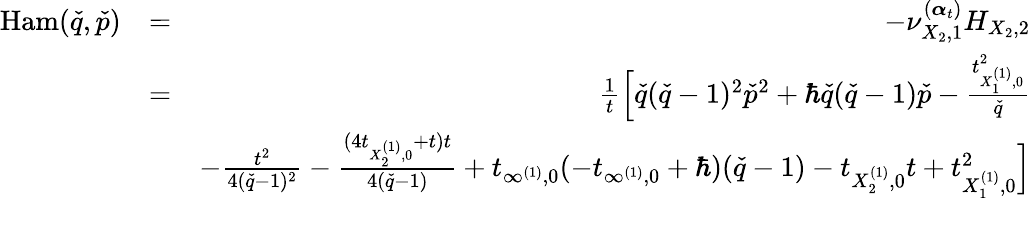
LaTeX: \begin{array}{rlr}{\mathrm{Ham}(\check{q},\check{p})}&{=}&{-\nu_{{X_{2}},1}^{(\boldsymbol{\alpha}_{t})}H_{X_{2},2}}\\ &{=}&{\frac{1}{t}\Big[\check{q}(\check{q}-1)^{2}\check{p}^{2}+\hbar\check{q}(\check{q}-1)\check{p}-\frac{t_{X_{1}^{(1)},0}^{2}}{\check{q}}}\\ &{}&{-\frac{t^{2}}{4(\check{q}-1)^{2}}-\frac{(4t_{X_{2}^{(1)},0}+t)t}{4(\check{q}-1)}+t_{\infty^{(1)},0}(-t_{\infty^{(1)},0}+\hbar)(\check{q}-1)-t_{X_{2}^{(1)},0}t+t_{X_{1}^{(1)},0}^{2}\Big]}\\ &{}&\end{array}